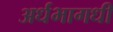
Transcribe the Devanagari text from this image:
अर्धभागधी